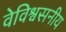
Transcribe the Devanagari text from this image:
वेविश्वसनीय